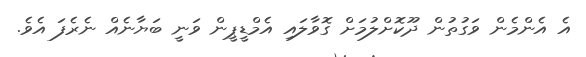
އެ އެންމެން ވަގުތުން ދޫކޮށްލުމަށް ގޮވާލައި އެމްޑީޕީން ވަނީ ބަޔާނެއް ނެރެފަ އެވެ.